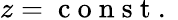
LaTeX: z=\mathrm{~c~o~n~s~t~.~}